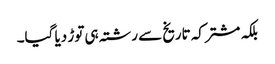
بلکہ مشترکہ تاریخ سے رشتہ ہی توڑ دیا گیا۔